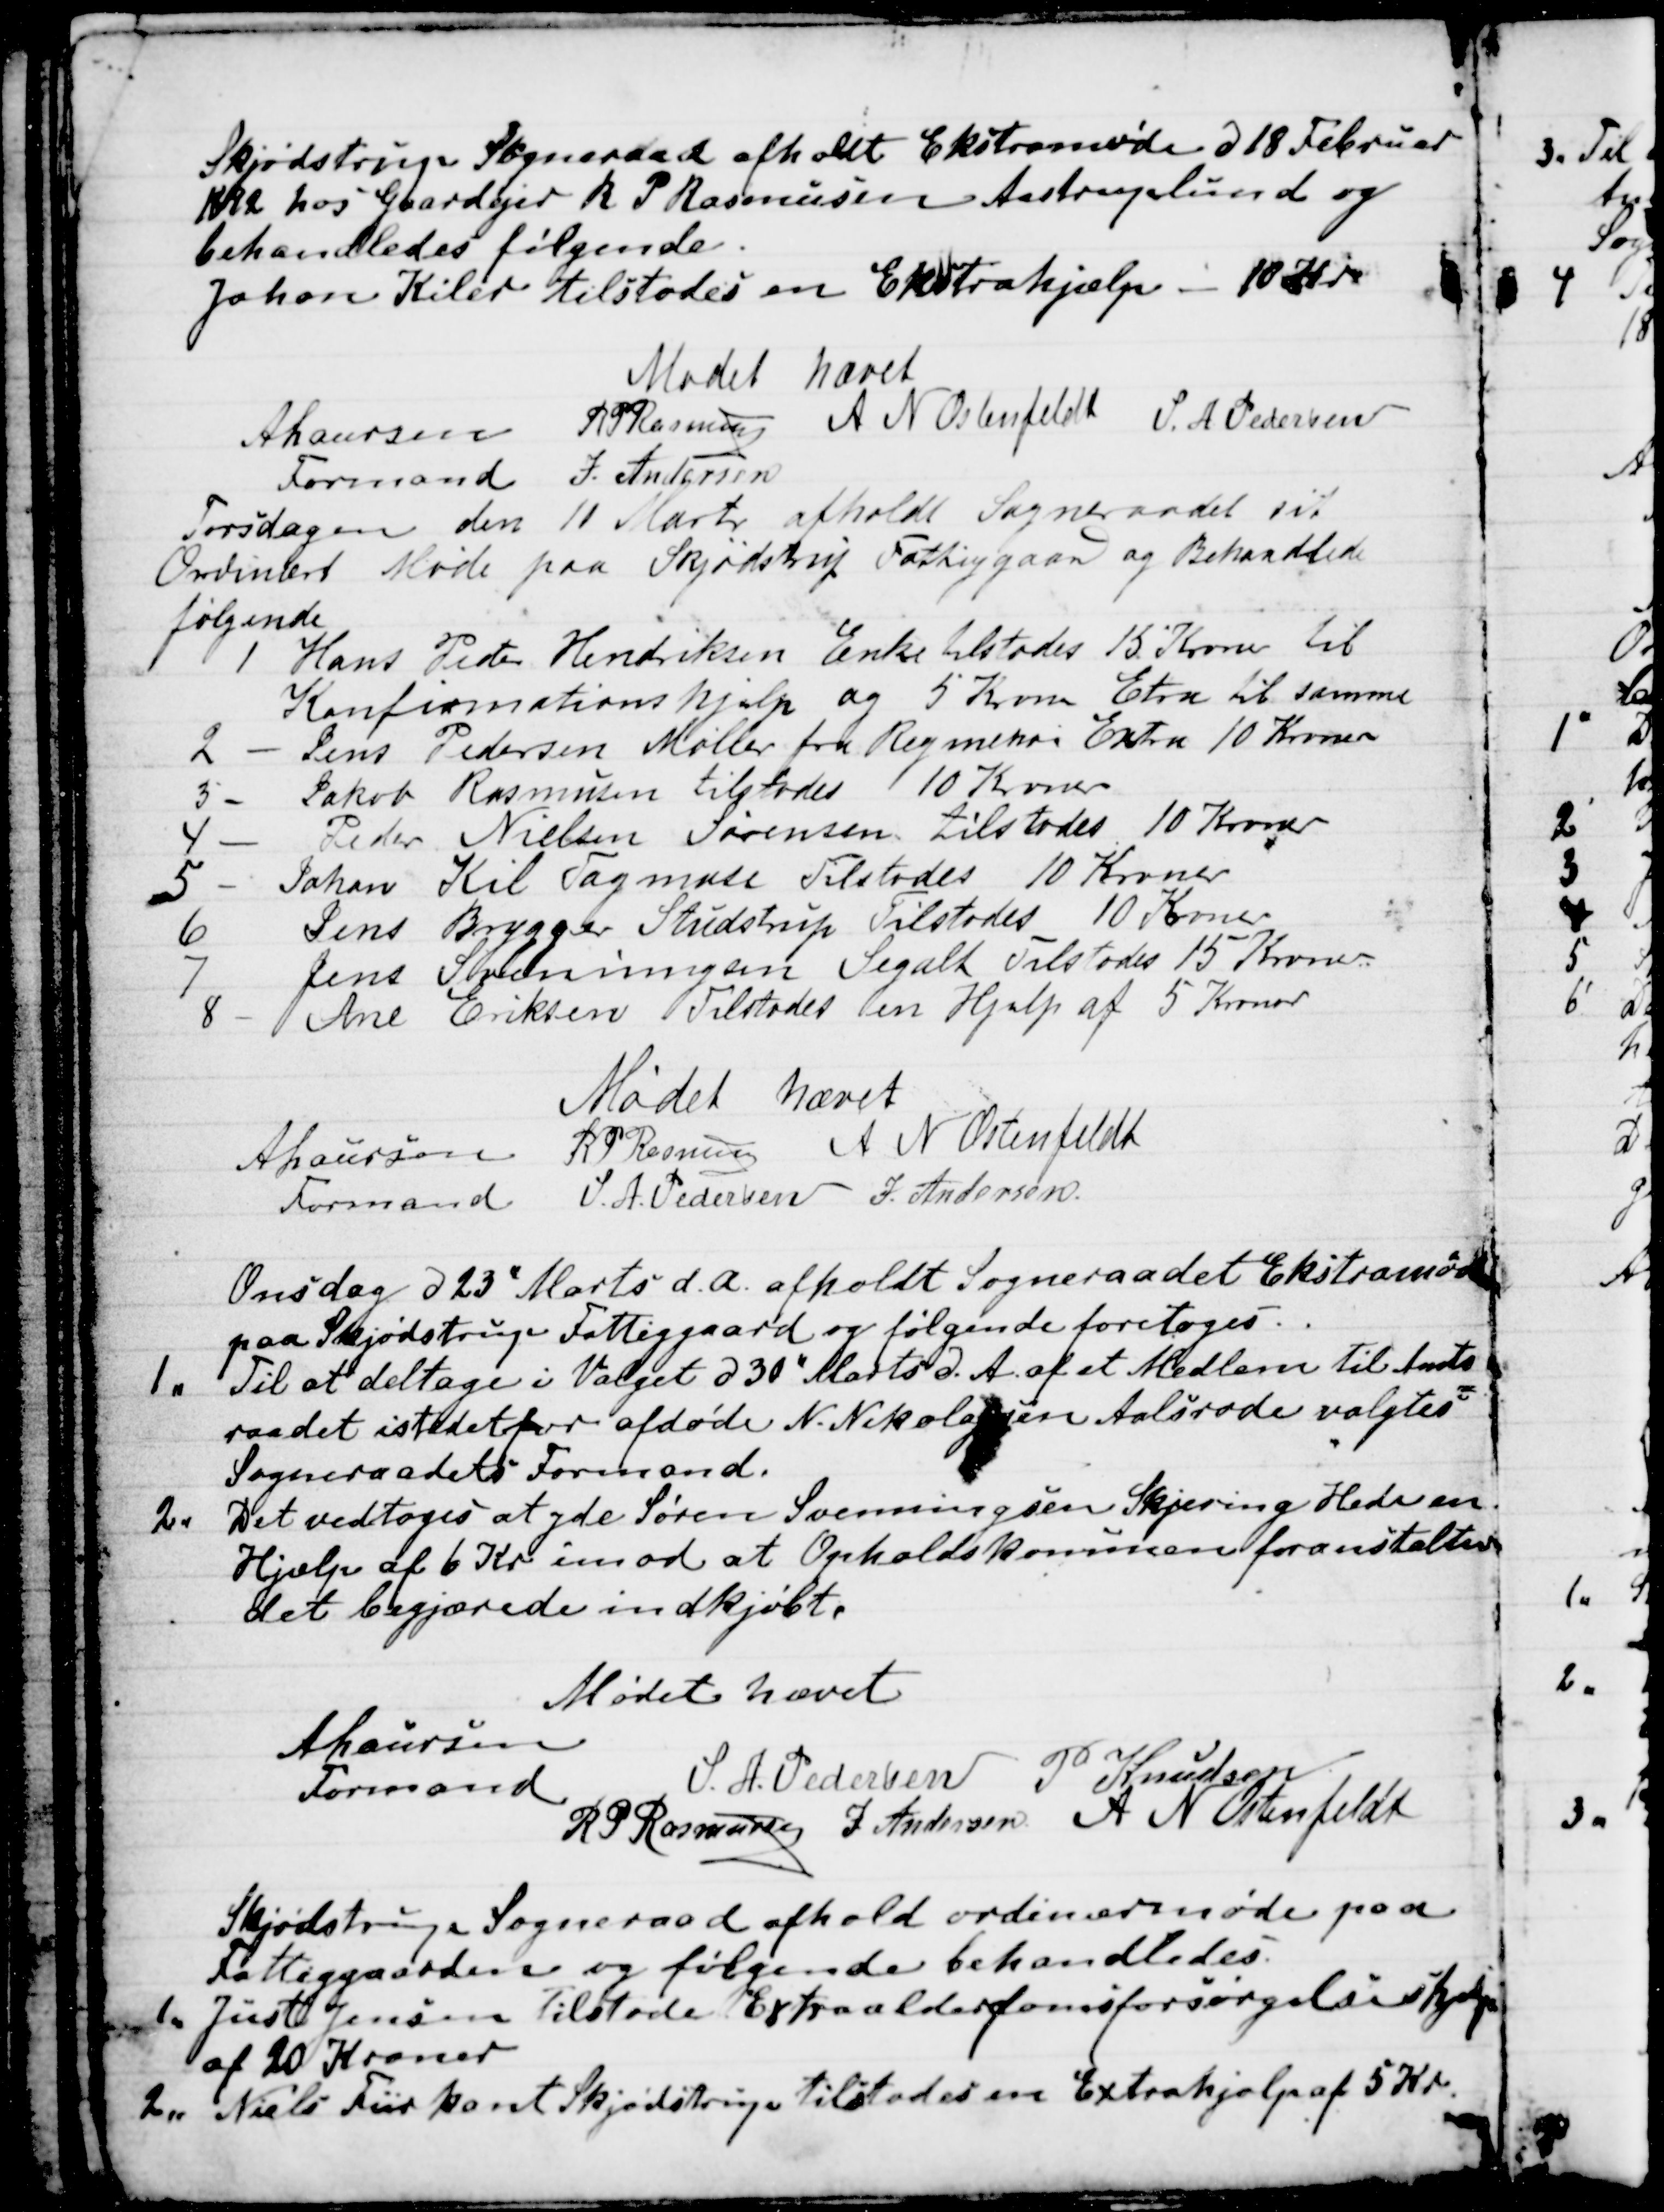
Transskription:
Skjødstrup Sogneraad afholdt Ekstramøde d 18 Februar
1892 hos Gaardejer R P Rasmussen Aastruplund og
behandledes følgende.
Johan Kiler tilstodes en Ekstrahjælp - 10 Kr
Mødet hævet
A Laursen
Formand
R P Rasmussen
A N Ostenfeldt
S. A Pedersen
J. Andersen

Torsdagen den 11 Marts afholdt Sogneraadet sit
Ordinært Møde paa Skjødstrup Fattiggaard og Behandlede
følgende
1 Hans Peter Hendriksen Enke tilstodes 15 Kroner til
Konfirmationshjælp og 5 Kroner Etra til samme
2 - Jens Pedersen Møller fra Reginehoi Extra 10 Kroner
3 - Jakob Rasmussen tilstodes 10 Kroner
4 - Peder Nielsen Sørensen tilstodes 10 Kroner
5 - Johan Kil Tagmose Tilstodes 10 Kroner
6 
Jens Brygger Studstrup Tilstodes 10 Kroner
7 
Jens Svenningsen Segalt Tilstodes 15 Kroner
8 - Ane Eriksen Tilstodes en Hjælp af 5 Kroner
Mødet hævet
A Laursen
Formand
R P Rasmussen
A N Ostenfeldt
S. A. Pedersen
J. Andersen

Onsdag d 23" Marts d. A. afholdt Sogneraadet Ekstramøde
paa Skjødstrup Fattiggaard og følgende foretoges.
1. Til af deltage i Valget d 30" Marts d. A. af et Medlem til Amts
=
raadet istedetfor afdøde N. Nikolajsen Aalsrode valgtes
Sogneraadets Formand.
2. Det vedtoges at yde Søren Svenningsen Skjering Hede en
Hjælp af 6 Kr imod at Opholdskommunen foranstalter
det begjærede indkjøbt.
Mødet hævet
A Laursen
Formand
S. A. Pedersen
P Knudsen
R P Rasmussen
J Andersen
A N Ostenfeldt

Skjødstrup Sogneraad afhold ordinærmøde paa
Fattiggaarden og følgende behandledes.
1. Just Jensen Tilstode Extra alderdomsforsørgelseshjælp
af 20 Kroner
2. Niels Fiirkant Skjødstrup tilstodes en Extrahjælp af 5 Kr.